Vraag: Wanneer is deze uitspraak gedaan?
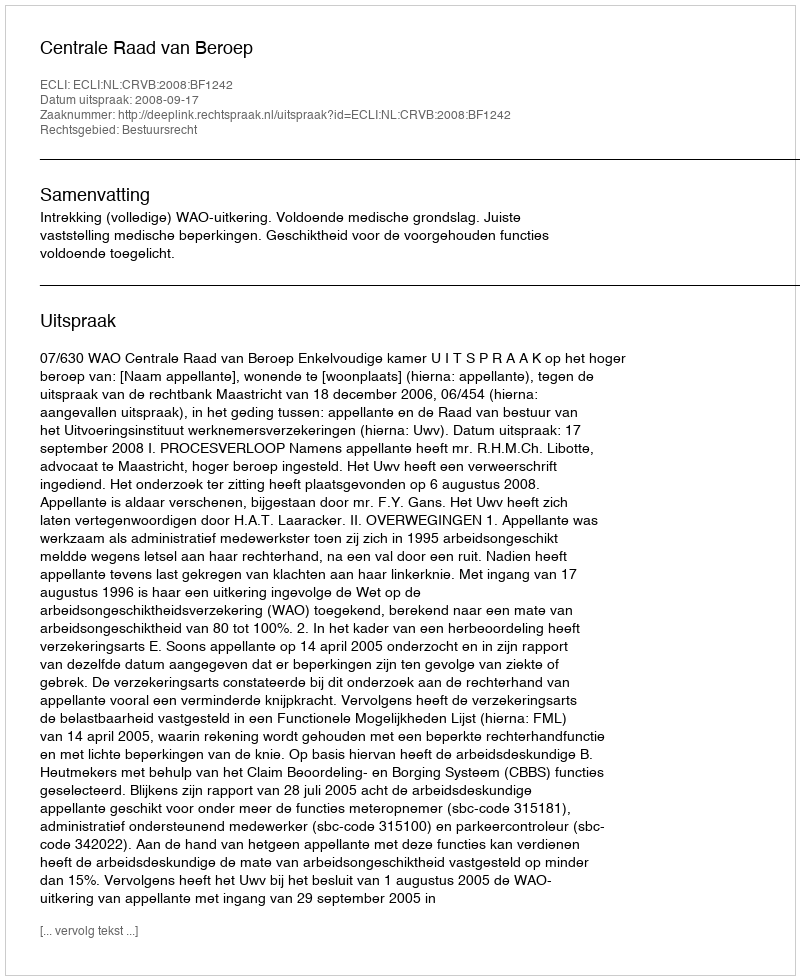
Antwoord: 2008-09-17